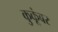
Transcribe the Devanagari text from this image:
कुकूंबर